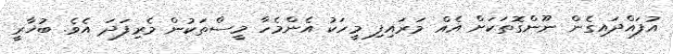
އުފައްދައިގެން ނޫންގޮތަކަށް އެއް މަރައިފި މީހަކު އެންމެހާ މީސްތަކުން މެރިފަދަ އެވެ. ބުޚާރީ